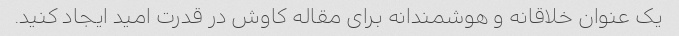
یک عنوان خلاقانه و هوشمندانه برای مقاله کاوش در قدرت امید ایجاد کنید.